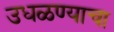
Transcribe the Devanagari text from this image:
उधळण्याचा